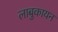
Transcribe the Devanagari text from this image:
लाबुकायन